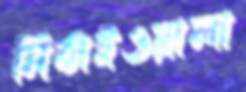
মিঠাইওয়ালা